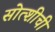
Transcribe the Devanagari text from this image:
सोत्शीची